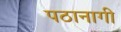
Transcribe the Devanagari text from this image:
पठानागी